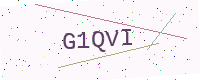
Text: G1QVI